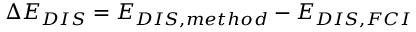
\Delta E _ { D I S } = E _ { D I S , m e t h o d } - E _ { D I S , F C I }